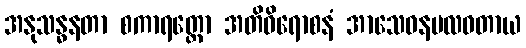
အနုသန္ဓနတာ စကာရတ္ထော အတိဝိရောစနံ အာသေဝနဗလဝတာယ